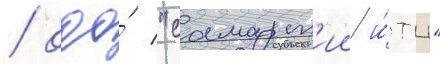
/ ооо́ "самарск'ии и́тц"